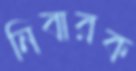
নিবারক